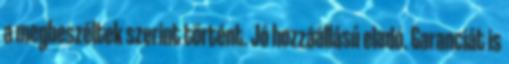
a megbeszéltek szerint történt. Jó hozzáállású eladó. Garanciát is